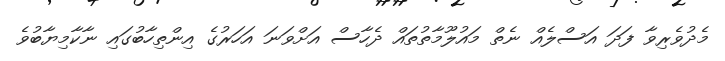
މެދުވެރިވާ ފަދަ އަސްލެއް ނެތް މައުލޫމާތުތައް ދެހާސް އަށްވަނަ އަހަރުގެ އިންތިހާބުގައި ނާކާމިޔާބުވެ